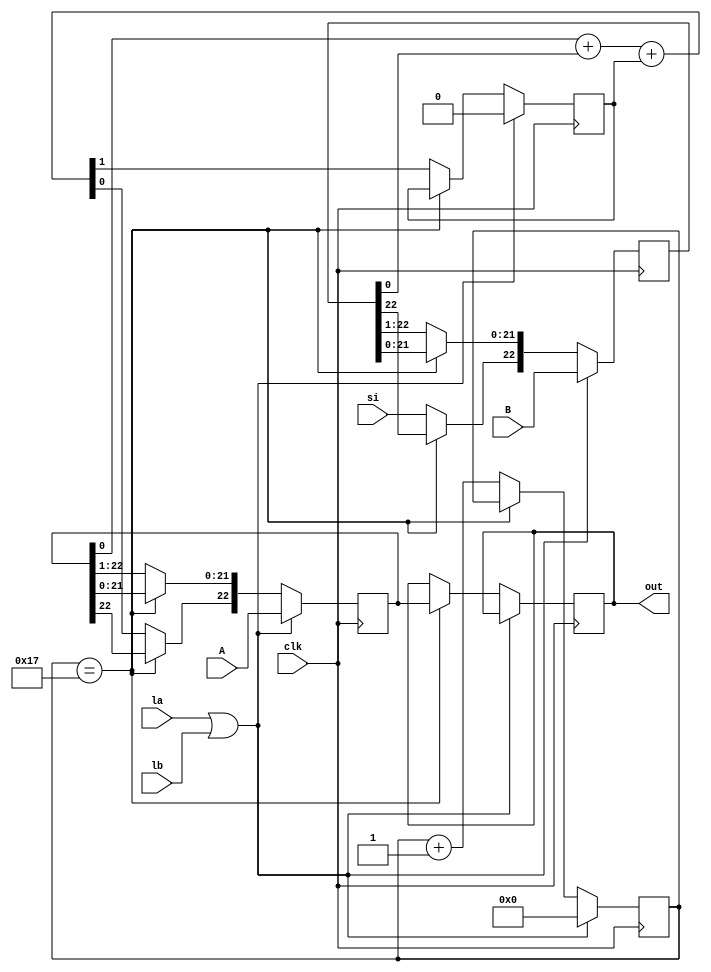
//Code for  serial adder

module serialadder(clk,si,la,lb,A,B,out);


input clk,la,lb,si;	//defining input values
input [22:0] A,B;	
output reg[22:0] out;	//output in the form of a 23 bit register
reg[22:0] A1=0,B1=0;		//registers for keeoing values of input A and B


reg siA=0,sftctrl=0;reg[4:0] count=0;	//sftctrl for controlling the shift
//siA is serial input for A and is sum output of adder
reg c_in,s,c_out;	//c_in is carry in and cout is carry out
reg Q=0,D=0;	



always@(posedge clk)
begin
if(la||lb)	//IF the load signal is on for either A or B
begin
sftctrl=0;count=0;	//sftctrl made low deactivating the shift register and count made 0
A1=A;B1=B;		
c_in=0;s=0;c_out=0;	//Initialized the values of c_in,s and c_out
end
else if(count==23)
begin
out=A1;		//send the output
sftctrl=0;	//deactivating the shift register
end
else 
begin
sftctrl=1'b1;		//enables the shift operation
{c_out,s}=A1[0]+B1[0]+c_in;	
siA=s;		//taking in serial input
A1=A1>>1;	//right shift
B1=B1>>1;	
//loading the values of serial inputs
A1[22]=siA;
B1[22]=si;


D=sftctrl?c_out:Q;	//mux
Q=D;			//flip_flop
c_in=Q;		//c_in is the output of the flip_flop
count=count+1;		//Increment in count
end
end

endmodule



//testbench code
module serialadder_testbench();
reg clk,si,la,lb;
reg[22:0] A,B;
wire [22:0] out;

serialadder sa(clk,si,la,lb,A,B,out);
initial
clk=1'b0;

always
#10 clk=~clk;

initial
begin
la=1;lb=1;
A=1;B=12;
si=0;
#20 la=0;lb=0;
#550 la=1;lb=1;
A=12;B=14;
#20 la=0;lb=0; 
end
endmodule